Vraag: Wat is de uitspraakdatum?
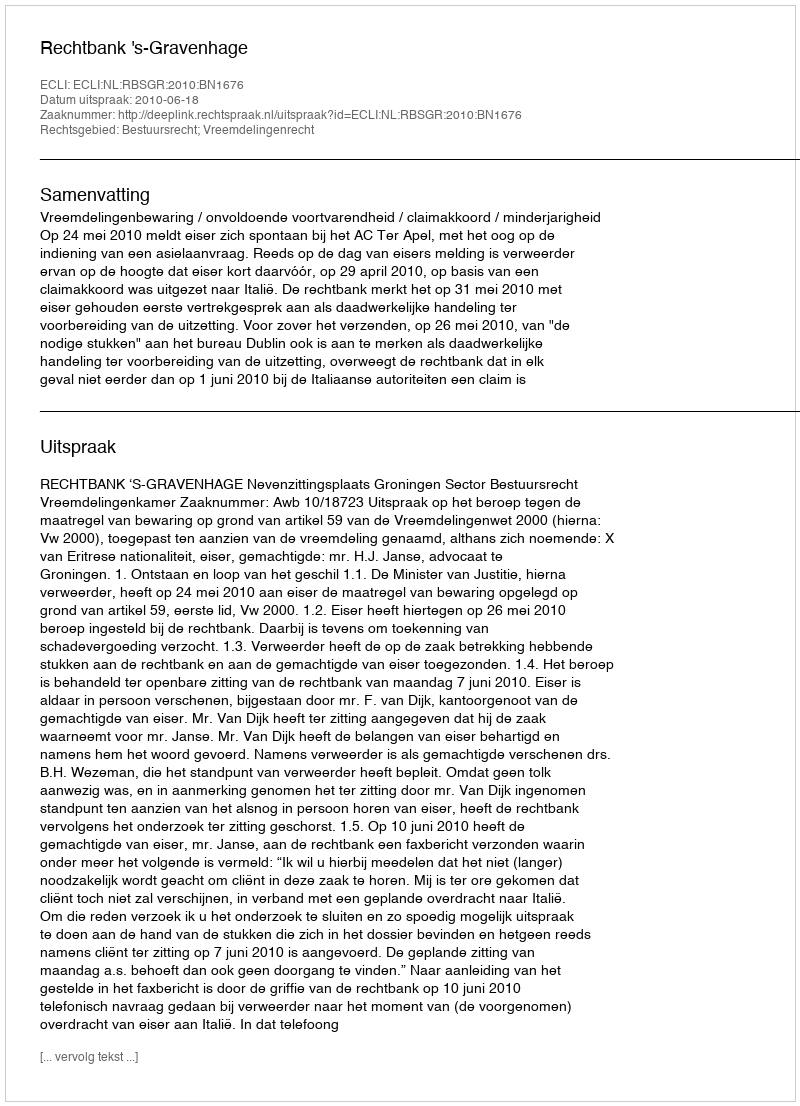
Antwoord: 2010-06-18